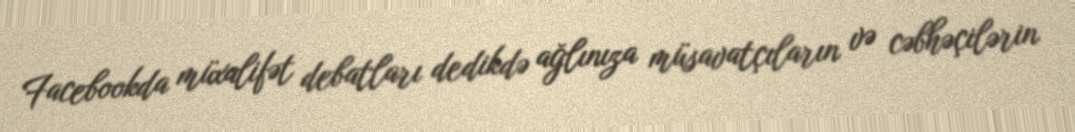
Facebookda müxalifət debatları dedikdə ağlınıza müsavatçıların və cəbhəçilərin